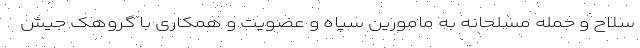
سلاح و حمله مسلحانه به مامورین سپاه و عضویت و همکاری با گروهک جیش